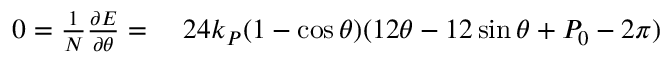
\begin{array} { r l } { 0 = \frac 1 N \frac { \partial E } { \partial \theta } = ~ } & { { } 2 4 k _ { P } ( 1 - \cos \theta ) ( 1 2 \theta - 1 2 \sin \theta + P _ { 0 } - 2 \pi ) } \end{array}